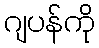
ဂျပန်ကို